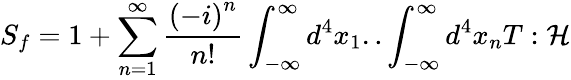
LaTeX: S_{f}=1+\sum_{n=1}^{\infty}\frac{\left(-i\right)^{n}}{n!}\int_{-\infty}^{\infty}d^{4}x_{1}..\int_{-\infty}^{\infty}d^{4}x_{n}T:\mathcal{H}